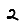
Digit: 2